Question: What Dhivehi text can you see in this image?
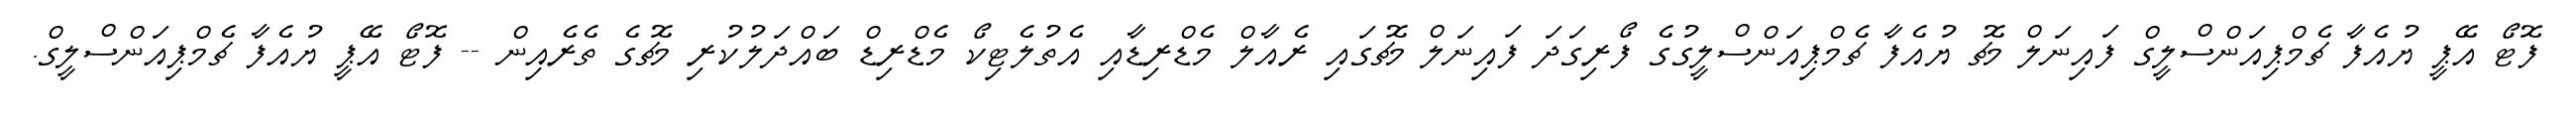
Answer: ފޮޓޯ އޭޕީ ޔުއެފާ ޗެމްޕިއަންސްލީގް ފައިނަލް މެޗު ޔުއެފާ ޗެމްޕިއަންސްލީގުގެ ފޯރިގަދަ ފައިނަލް މެޗުގައި ރެއާލް މެޑްރިޑާއި އެތުލެޓިކޯ މެޑްރިޑް ބައްދަލުކުރި މެޗުގެ ތެރެއިން -- ފޮޓޯ އޭޕީ ޔުއެފާ ޗެމްޕިއަންސްލީގް.